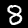
Digit: 8